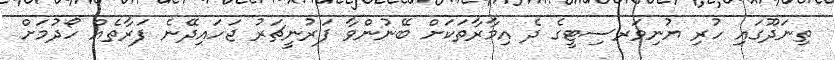
ތިނަދޫގައި ހުރި ޔުނިވަރސިޓީގެ ދެ އިމާރާތަކަށް ބޭނުންވާ ފަރުނީޗަރު ޖަހައިދޭނެ ފަރާތެއް ހޯދުމަށް